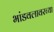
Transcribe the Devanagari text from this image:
भांडवलावरच्या